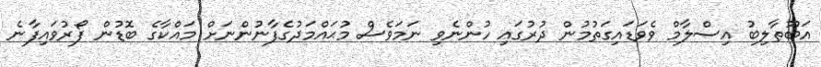
އަބޫޠާލިބު އިސްލާމް ވެވަޑައިގަތުމުން ދުރުގައި ހުންނެވި ނަމަވެސް މުޙައްމަދުގެފާނުންނަށް މައްކާގެ ބޮޑުން ފޯރުވައިފާނެ